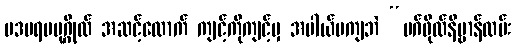
ပဒပရမပုဂ္ဂိုလ် အဆင့်လောက် ကျင့်ကိုကျင့်မှ အပါယ်မကျဘဲ “မဂ်ဖိုလ်နိဗ္ဗာန်လမ်း